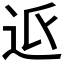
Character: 𮞅